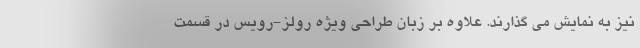
نیز به نمایش می گذارند. علاوه بر زبان طراحی ویژه رولز-رویس در قسمت